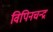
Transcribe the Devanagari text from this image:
विपिनचन्द्र